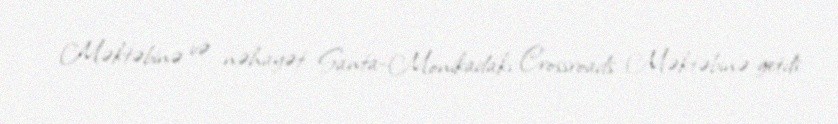
Məktəbinə və nəhayət Santa-Monikadakı Crossroads Məktəbinə getdi.